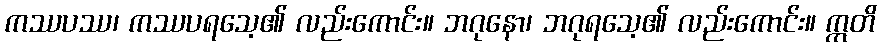
ကဿပဿ၊ ကဿပရသေ့၏ လည်းကောင်း။ ဘဂုနော၊ ဘဂုရသေ့၏ လည်းကောင်း။ ဣတိ